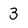
Character: 3